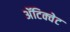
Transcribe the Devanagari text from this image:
अॅटिक्वेट